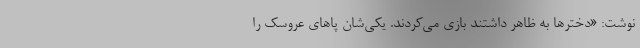
نوشت: «دخترها به ظاهر داشتند بازی می‌کردند. یکی‌شان پاهای عروسک را